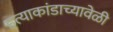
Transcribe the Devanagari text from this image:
हत्याकांडाच्यावेळी